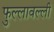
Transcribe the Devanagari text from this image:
फुल्लावल्ली